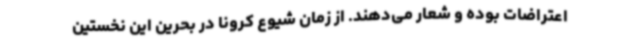
اعتراضات بوده و شعار می‌دهند. از زمان شیوع کرونا در بحرین این نخستین